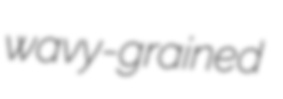
wavy-grained